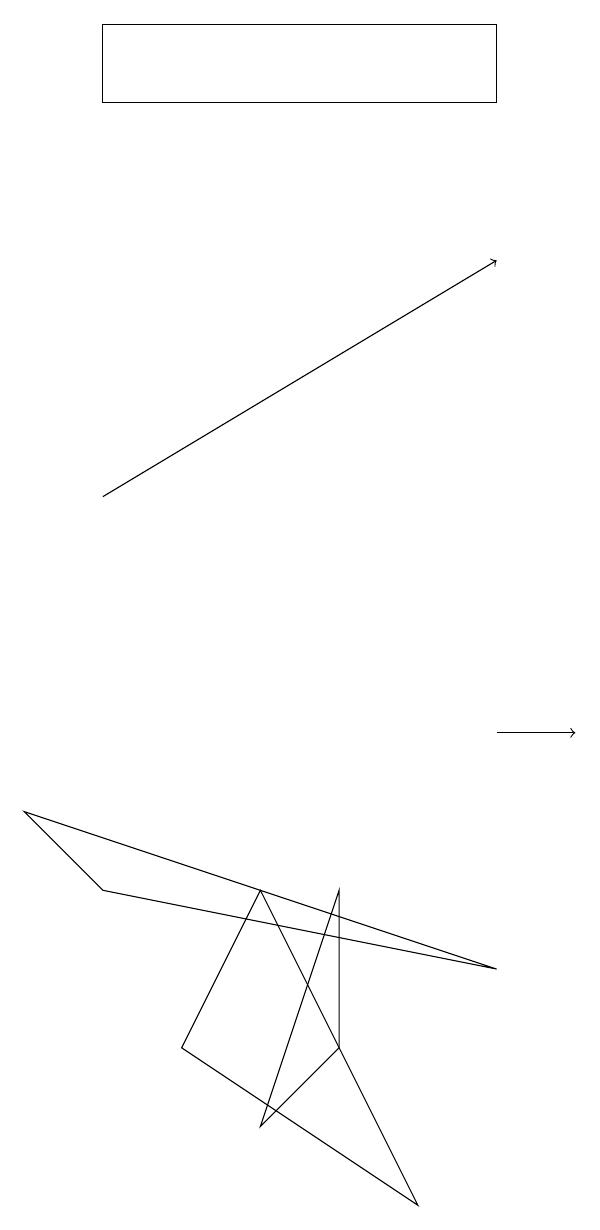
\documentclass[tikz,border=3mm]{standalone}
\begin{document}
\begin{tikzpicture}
\draw (4,5) -- (5,6) -- (5,8) -- cycle;
\draw (2,18) rectangle (7,19);
\draw (3,6) -- (6,4) -- (4,8) -- cycle;
\draw[->] (7,10) -- (8,10);
\draw (2,8) -- (7,7) -- (1,9) -- cycle;
\draw[->] (2,13) -- (7,16);
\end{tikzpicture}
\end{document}